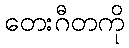
တေးဂီတကို